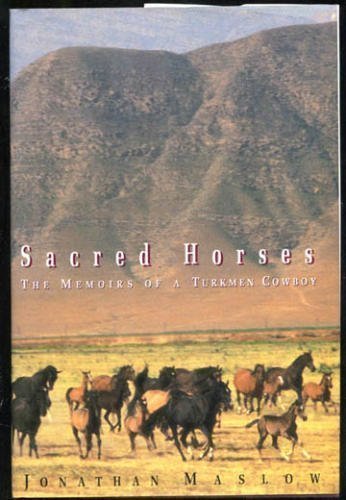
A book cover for Sacred Horses:: Memoirs of a Turkmen Cowboy; Jonathan Maslow; Travel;